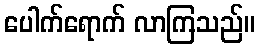
ပေါက်ရောက် လာကြသည်။